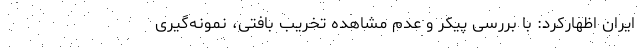
ایران اظهارکرد: با بررسی پیکر و عدم مشاهده تخریب بافتی، نمونه‌گیری